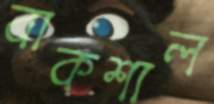
বাকশাল